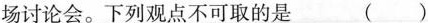
场讨论会。下列观点不可取的是 ( )